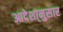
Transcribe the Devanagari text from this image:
आदेशा्नुसार